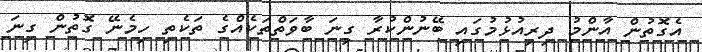
އެގޮތުން އާންމު ދިރިއުޅުމުގައި ބޭނުންކުރާ ގިނަ ބާވަތްތަކެއްގެ ތަކެތި ހިމެނޭ ގޮތުން ގިނަ